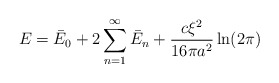
\begin{align*}E=\bar E_0+2\sum_{n=1}^{\infty}\bar E_n+\frac{c\xi ^2}{16 \pi a^2}\ln (2 \pi)\end{align*}